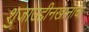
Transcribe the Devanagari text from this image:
शुजाउद्दीनखानाचा